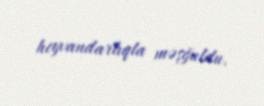
heyvandarlıqla məşğuldu.